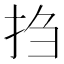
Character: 𫼝